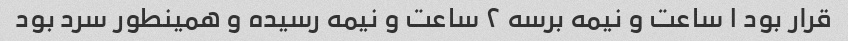
قرار بود ۱ ساعت و نیمه برسه ۲ ساعت و نیمه رسیده و همینطور سرد بود